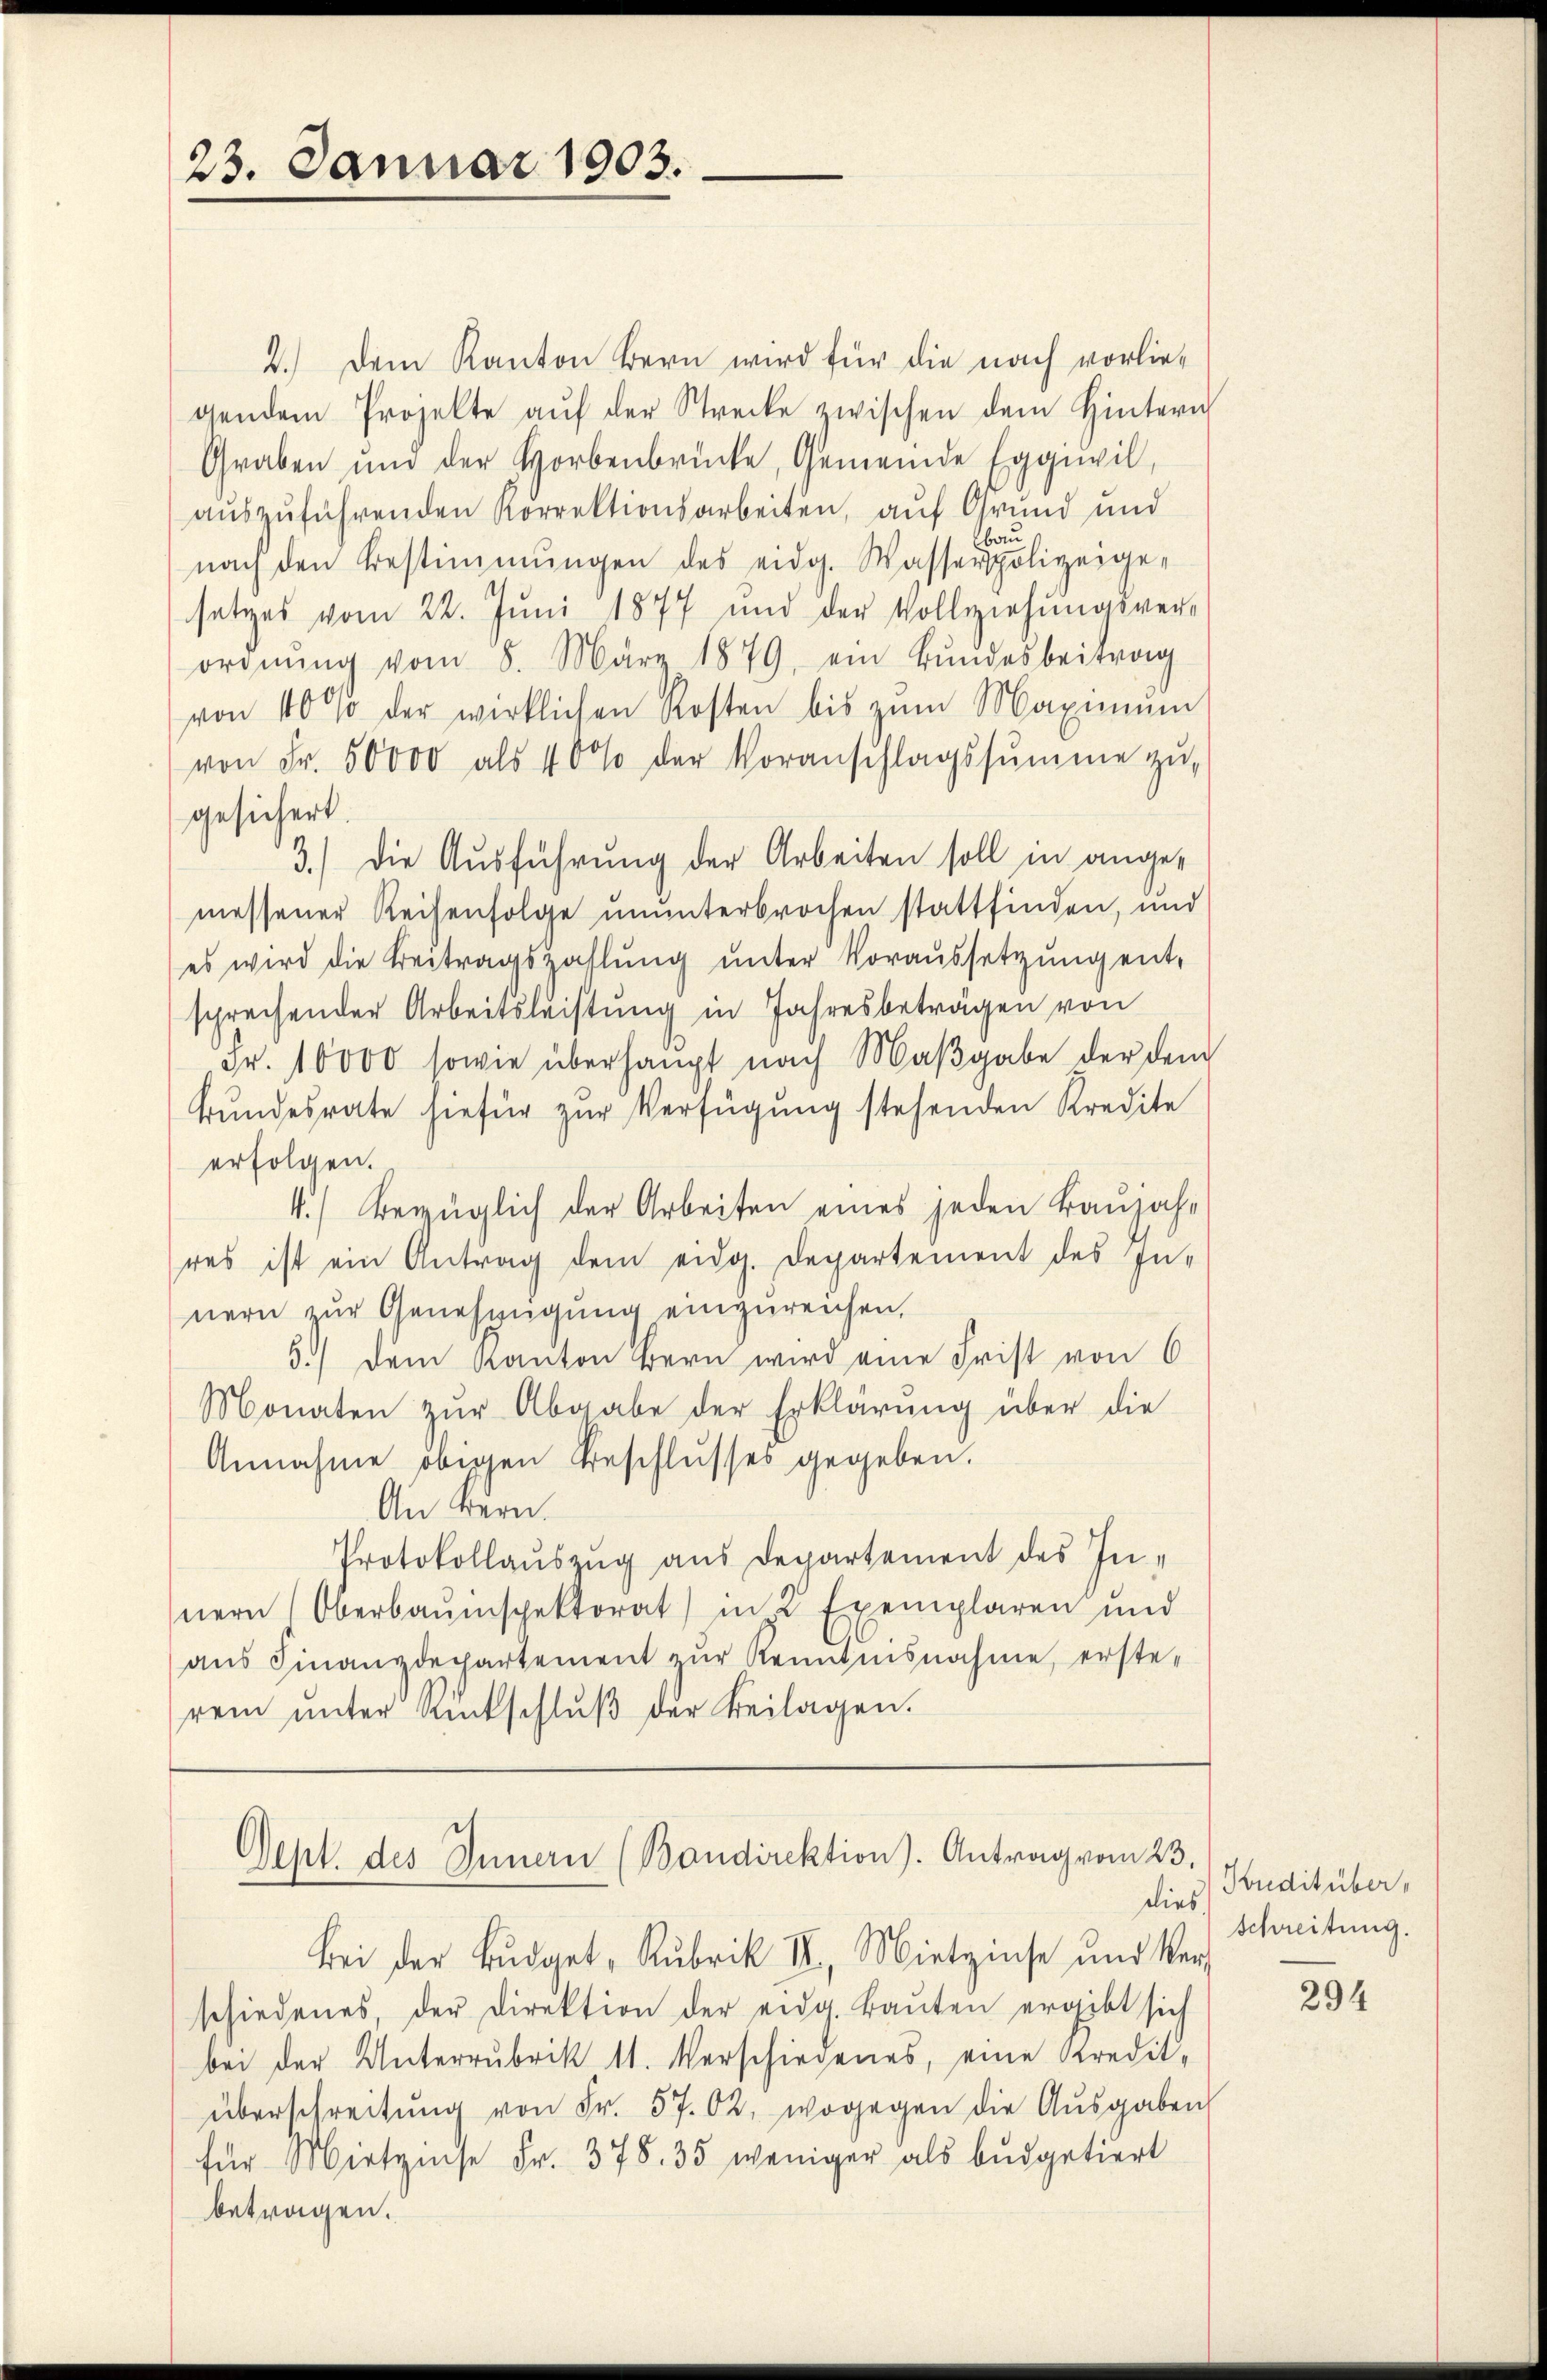
23. Januar 1903.

2.) Dem Kanton Bern wird für die nach vorliegendem Projekte aŭf der Strecke zwischen dem Hinteri
Graben ŭm der Horbenbrücke, Gemeinde Eggŭvil,
auszuführenden Korrektionsarbeiten, auf Grund und
bau
nach den Bestimmungen des eidg. Wasserpolizeige-
setzes vom 22. Juni 1877 und der Vollziehungsverordnŭng vom 8. März 1879, ein Bŭndesbeitrag
von 10 % der wirklichen Kosten bis zŭm Maximŭm
von Fr. 50000 als 40% der Voranschlagssumme zu,
gesichert.
3.) Die Ausführung der Arbeiten soll in angemessener Reisenfolge ununterbrochen stattfinden, und
es wird die Beitragszahlŭng ŭnter Voraussetzŭng ent-
sprechender Arbeitsleistung in Jahresbeträgen von
Fr. 10000 sowie überhaupt nach Maβgabe der dem
Bŭndesrate hiefür zŭr Verfügŭng stehenden Kredite
erfolgen.
4.) Bezüglich der Arbeiten eines jeden Baŭjah-
res ist ein Antrag dem eidg. Departement des In-
nern zur Genehmigung einzureichen,
5.) Dem Kanton Bern wird eine Frist von 6
Monaten zŭr Abgabe der Erklärŭng über die
Annahme obigen Beschlusses gegeben.
An Bern.
Protokollauszug aus Departement des Innern Oberbauinspektorat) in 2 Exemplaren und
aŭs Finanzdepartement zŭr Kenntnisnahme, erste-
rem ŭnter Amtschlŭβ der Beilagen.

Sept. des Innern (Bandirektion). Antrag vom 23.

Bei der Bŭdget- Rubrik II, Mietzinse und Ver-
schiedenes, der Direktion der eidg. Baŭten ergibt sich
bei der Unterrubrik 11. Verschiedenes, eine Kredit-
überschreitŭng von Fr. 57. 62, wogegen die Aŭsgaben
für Mietzese Fr. 378. 35 weniger als büdgetiert
betragen.

dies Kreditüber,
Schreitung.

294